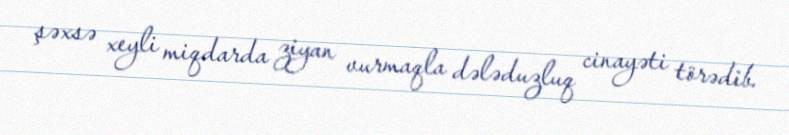
şəxsə xeyli miqdarda ziyan vurmaqla dələduzluq cinayəti törədib.